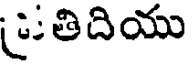
(తిదియు